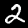
Digit: 2